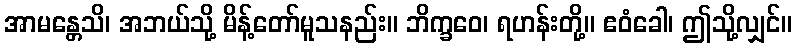
အာမန္တေသိ၊ အဘယ်သို့ မိန့်တော်မူသနည်း။ ဘိက္ခဝေ၊ ရဟန်းတို့။ ဧဝံခေါ၊ ဤသို့လျှင်။